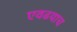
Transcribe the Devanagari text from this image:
एवढयाच